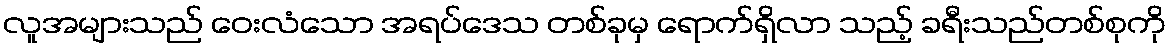
လူအများသည် ဝေးလံသော အရပ်ဒေသ တစ်ခုမှ ရောက်ရှိလာ သည့် ခရီးသည်တစ်စုကို